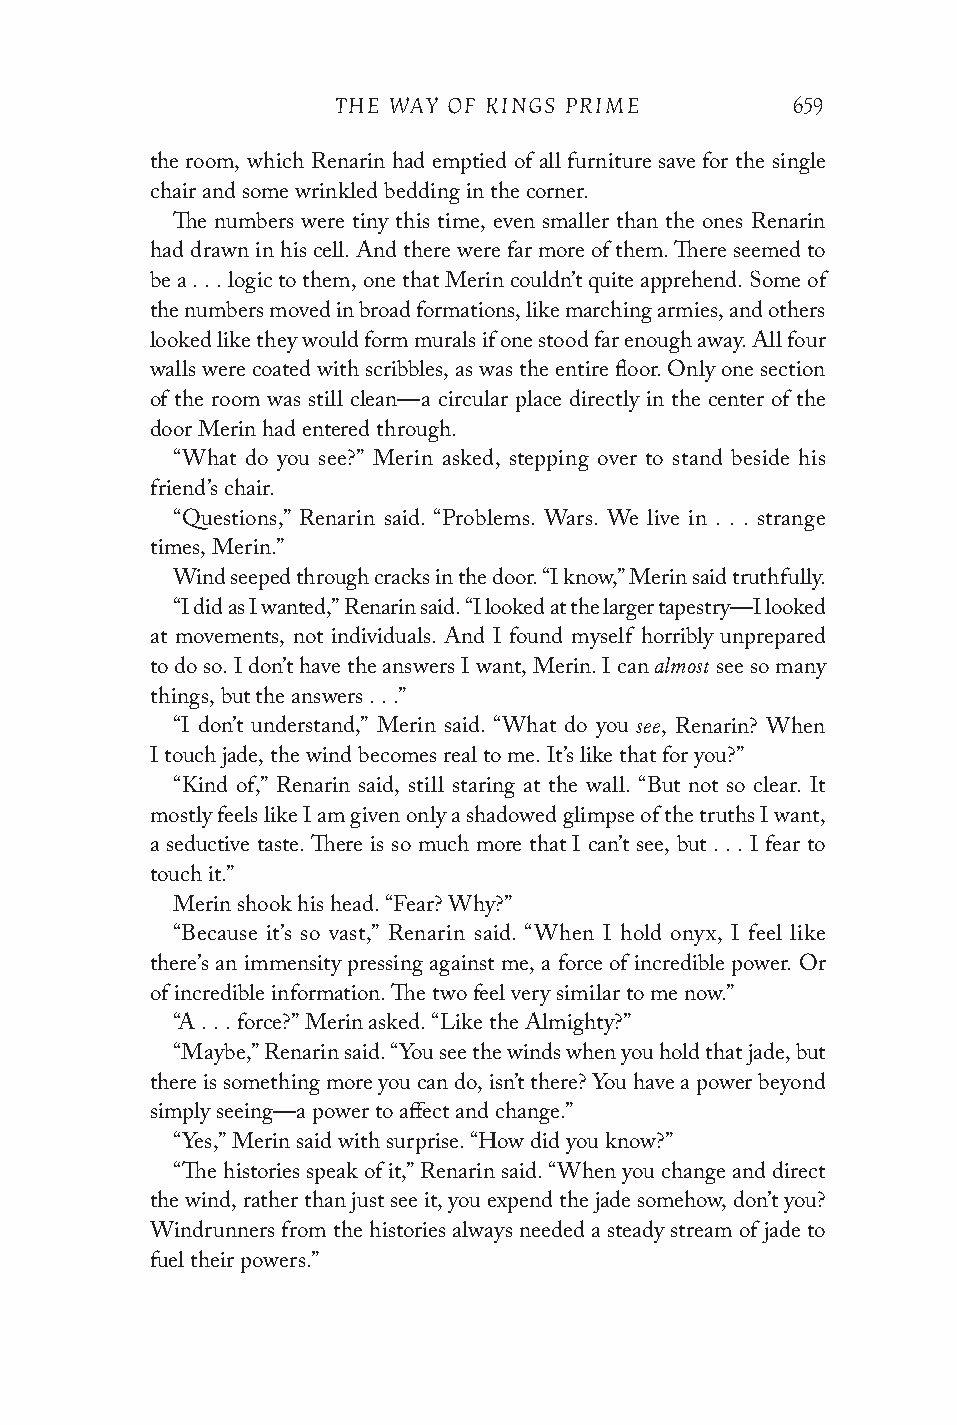
THE WAY OF KINGS PRIME        659
 the room, which Renarin had emptied of all furniture save for the single
 chair and some wrinkled bedding in the corner.
 The numbers were tiny this time, even smaller than the ones Renarin
 had drawn in his cell. And there were far more of them. There seemed to
 be a . . . logic to them, one that Merin couldn’t quite apprehend. Some of
 the numbers moved in broad formations, like marching armies, and others
 looked like they would form murals if one stood far enough away. All four
 walls were coated with scribbles, as was the entire floor. Only one section
 of the room was still clean—a circular place directly in the center of the
 door Merin had entered through.
 “What do you see?” Merin asked, stepping over to stand beside his
 friend’s chair.
 “Questions,” Renarin said. “Problems. Wars. We live in . . . strange
 times, Merin.”
 Wind seeped through cracks in the door. “I know,” Merin said truthfully.
 “I did as I wanted,” Renarin said. “I looked at the larger tapestry—I looked
 at movements, not individuals. And I found myself horribly unprepared
 almost
 to do so. I don’t have the answers I want, Merin. I can see so many
 things, but the answers . . .”
 see
 “I don’t understand,” Merin said. “What do you , Renarin? When
 I touch jade, the wind becomes real to me. It’s like that for you?”
 “Kind of,” Renarin said, still staring at the wall. “But not so clear. It
 mostly feels like I am given only a shadowed glimpse of the truths I want,
 a seductive taste. There is so much more that I can’t see, but . . . I fear to
 touch it.”
 Merin shook his head. “Fear? Why?”
 “Because it’s so vast,” Renarin said. “When I hold onyx, I feel like
 there’s an immensity pressing against me, a force of incredible power. Or
 of incredible information. The two feel very similar to me now.”
 “A . . . force?” Merin asked. “Like the Almighty?”
 “Maybe,” Renarin said. “You see the winds when you hold that jade, but
 there is something more you can do, isn’t there? You have a power beyond
 simply seeing—a power to affect and change.”
 “Yes,” Merin said with surprise. “How did you know?”
 “The histories speak of it,” Renarin said. “When you change and direct
 the wind, rather than just see it, you expend the jade somehow, don’t you?
 Windrunners from the histories always needed a steady stream of jade to
 fuel their powers.”